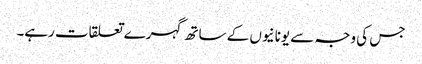
جس کی وجہ سے یونانیوں کے ساتھ گہرے تعلقات رہے۔